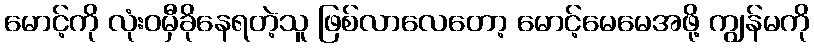
မောင့်ကို လုံးဝမှီခိုနေရတဲ့သူ ဖြစ်လာလေတော့ မောင့်မေမေအဖို့ ကျွန်မကို